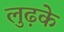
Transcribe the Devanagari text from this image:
लुढ़के